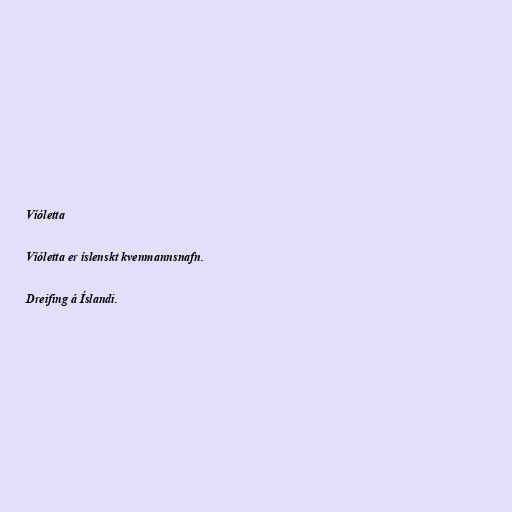
Víóletta

Víóletta er íslenskt kvenmannsnafn.

Dreifing á Íslandi.